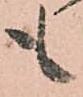
も